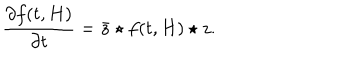
\frac { \partial f ( t , H ) } { \partial t } = { \bar { z } } \star f ( t , H ) \star z .